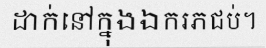
ដាក់នៅក្នុងឯករភជប់។